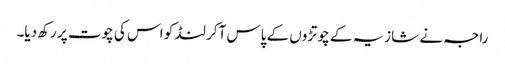
راجہ نے شازیہ کے چوتڑوں کے پاس آکر لنڈ کو اس کی چوت پر رکھ دیا۔